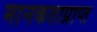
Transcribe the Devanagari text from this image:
मानकताप्राप्त